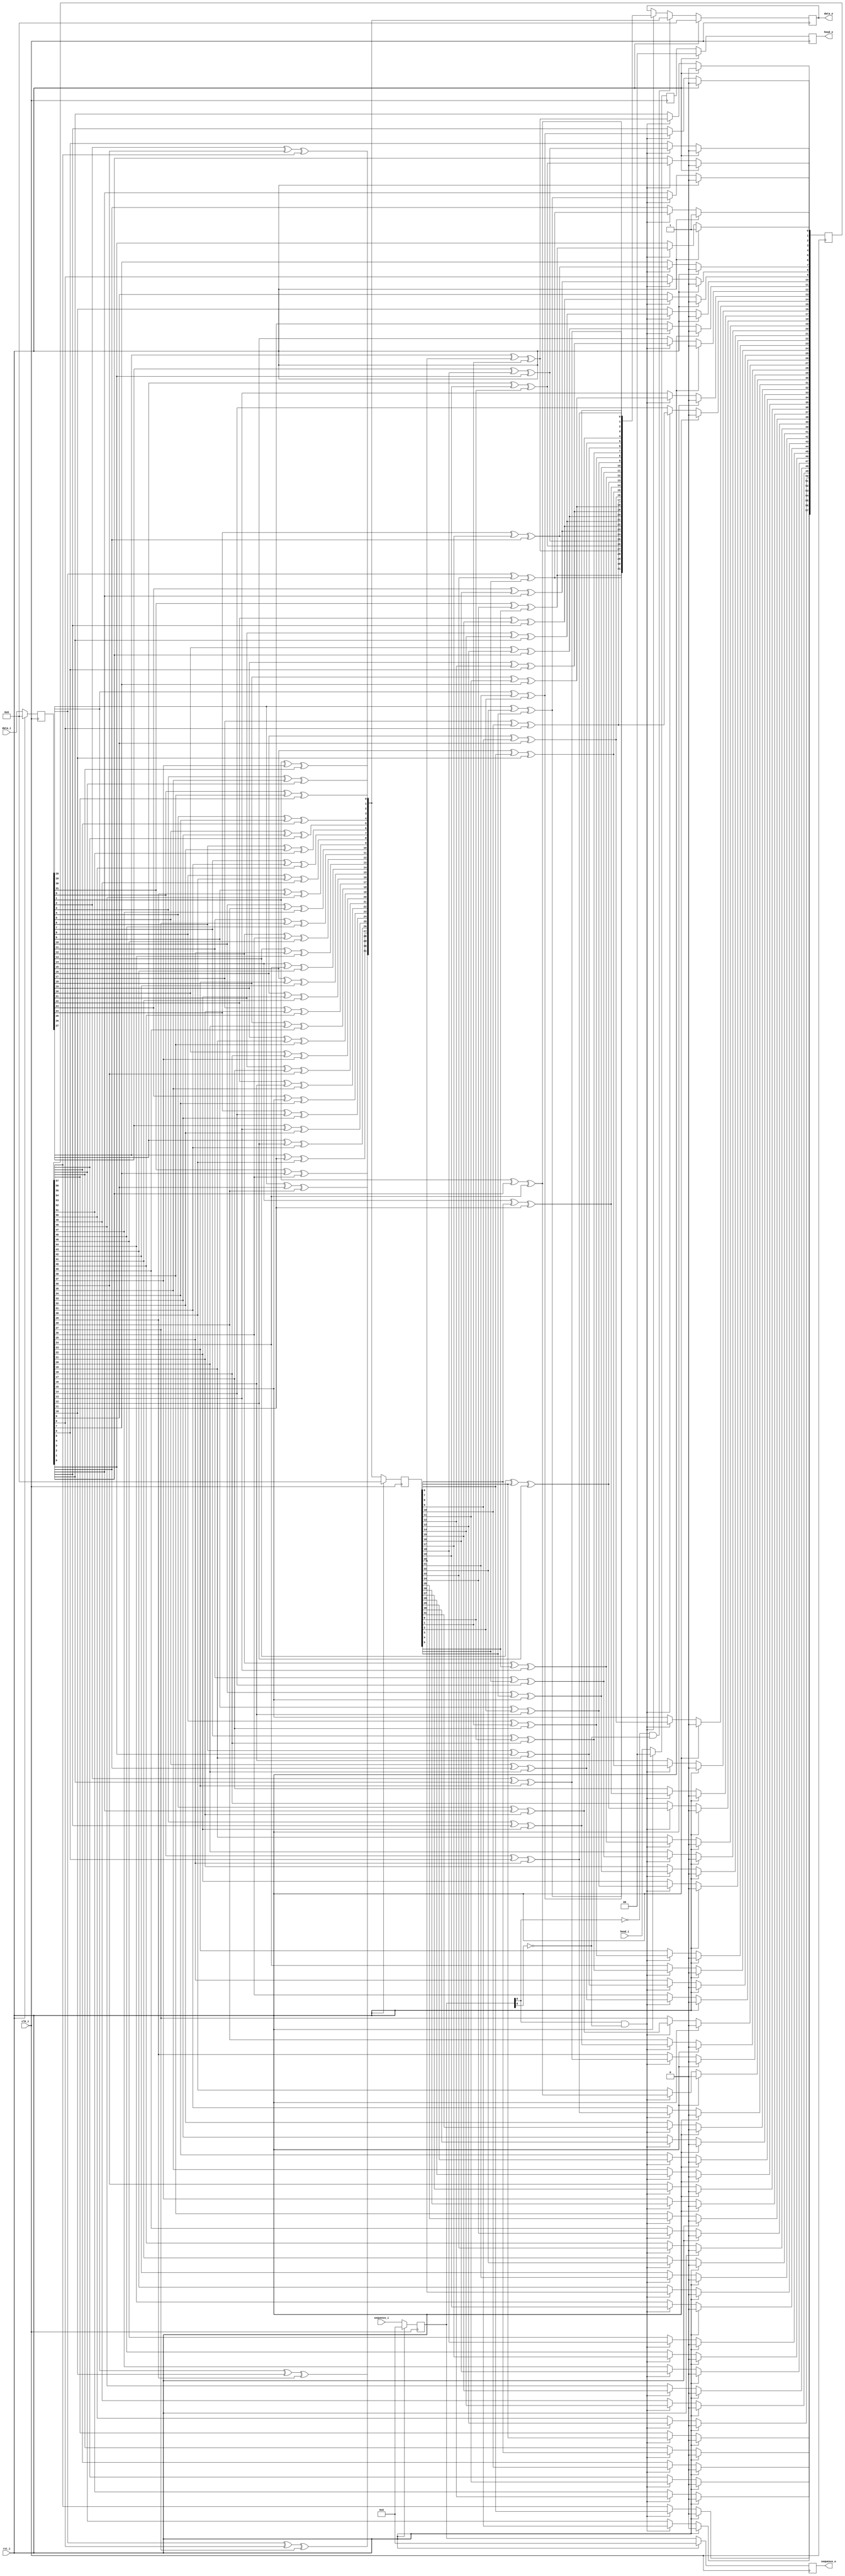
///////////////////////////////////////////////////////////////////////////////
//
///////////////////////////////////////////////////////////////////////////////

`timescale 1ns/100ps

module scramble_32(
  input           clk_i,          // Freq = 156.25*2
  input           rst_i,

  input   [31:0]  data_i,         // [65:2] data, [1:0] head
  input   [ 1:0]  head_i,         // [65:2] data, [1:0] head
  input   [ 6:0]  sequence_i,     // only valid data needs scramble
  output  [31:0]  data_o,
  output  [ 1:0]  head_o,
  output  [ 6:0]  sequence_o      //

);

///////////////////////////////////////////////////////////////////////////////
//                       register
///////////////////////////////////////////////////////////////////////////////

  reg     [31:0]      r_data_in;         // [65:2] data, [1:0] head
  reg     [ 1:0]      r_head_in;         // [65:2] data, [1:0] head
  reg     [ 6:0]      r_sequence_in;     // only valid data needs scramble
  reg     [ 6:0]      r_sequence_in_d1;     // only valid data needs scramble
  reg     [ 6:0]      r_sequence_in_d2;     // only valid data needs scramble
  reg     [31:0]      r_scramble_part;
  reg     [57:0]      r_scramble_register;
  wire    [63:0]      s_data_in;
  wire    [ 1:0]      s_head_in;
  wire    [63:0]      s_scrambled_data;
  reg     [65:0]      r_data_in_buf;
  reg     [31:0]      r_scrambled_data_d2;
  reg     [ 1:0]      r_scrambled_head_d2;
  reg                 r_scrambled_data_vld_d1;
  reg                 r_scrambled_data_vld_d2;
///////////////////////////////////////////////////////////////////////////////
//                         body
///////////////////////////////////////////////////////////////////////////////
  always @(posedge clk_i) begin
    if(rst_i) begin
      r_data_in   <= 'd0;
      r_head_in   <= 'd0;
      r_sequence_in  <= 'd0;
      r_sequence_in_d1  <= 'd0;
      r_sequence_in_d2  <= 'd0;
    end else begin
      r_data_in   <= data_i;
      r_head_in   <= head_i;
      r_sequence_in  <= sequence_i;
      r_sequence_in_d1  <= r_sequence_in;
      r_sequence_in_d2  <= r_sequence_in_d1;
    end
  end
  always @(posedge clk_i) begin
    if(rst_i) begin
      r_scramble_part   <= 'd0;
    end else begin
      r_scramble_part   <= s_scrambled_data[31:0];
    end
  end

  assign  s_data_in = r_data_in;
  assign  s_head_in = r_head_in;
// Scramble the TxEnc_Data before applying to rxn/p
  assign s_scrambled_data[ 0] = s_data_in[ 0]^r_scramble_register[38]^r_scramble_register[57];
  assign s_scrambled_data[ 1] = s_data_in[ 1]^r_scramble_register[37]^r_scramble_register[56];
  assign s_scrambled_data[ 2] = s_data_in[ 2]^r_scramble_register[36]^r_scramble_register[55];
  assign s_scrambled_data[ 3] = s_data_in[ 3]^r_scramble_register[35]^r_scramble_register[54];
  assign s_scrambled_data[ 4] = s_data_in[ 4]^r_scramble_register[34]^r_scramble_register[53];
  assign s_scrambled_data[ 5] = s_data_in[ 5]^r_scramble_register[33]^r_scramble_register[52];
  assign s_scrambled_data[ 6] = s_data_in[ 6]^r_scramble_register[32]^r_scramble_register[51];
  assign s_scrambled_data[ 7] = s_data_in[ 7]^r_scramble_register[31]^r_scramble_register[50];

  assign s_scrambled_data[ 8] = s_data_in[ 8]^r_scramble_register[30]^r_scramble_register[49];
  assign s_scrambled_data[ 9] = s_data_in[ 9]^r_scramble_register[29]^r_scramble_register[48];
  assign s_scrambled_data[10] = s_data_in[10]^r_scramble_register[28]^r_scramble_register[47];
  assign s_scrambled_data[11] = s_data_in[11]^r_scramble_register[27]^r_scramble_register[46];
  assign s_scrambled_data[12] = s_data_in[12]^r_scramble_register[26]^r_scramble_register[45];
  assign s_scrambled_data[13] = s_data_in[13]^r_scramble_register[25]^r_scramble_register[44];
  assign s_scrambled_data[14] = s_data_in[14]^r_scramble_register[24]^r_scramble_register[43];
  assign s_scrambled_data[15] = s_data_in[15]^r_scramble_register[23]^r_scramble_register[42];

  assign s_scrambled_data[16] = s_data_in[16]^r_scramble_register[22]^r_scramble_register[41];
  assign s_scrambled_data[17] = s_data_in[17]^r_scramble_register[21]^r_scramble_register[40];
  assign s_scrambled_data[18] = s_data_in[18]^r_scramble_register[20]^r_scramble_register[39];
  assign s_scrambled_data[19] = s_data_in[19]^r_scramble_register[19]^r_scramble_register[38];
  assign s_scrambled_data[20] = s_data_in[20]^r_scramble_register[18]^r_scramble_register[37];
  assign s_scrambled_data[21] = s_data_in[21]^r_scramble_register[17]^r_scramble_register[36];
  assign s_scrambled_data[22] = s_data_in[22]^r_scramble_register[16]^r_scramble_register[35];
  assign s_scrambled_data[23] = s_data_in[23]^r_scramble_register[15]^r_scramble_register[34];

  assign s_scrambled_data[24] = s_data_in[24]^r_scramble_register[14]^r_scramble_register[33];
  assign s_scrambled_data[25] = s_data_in[25]^r_scramble_register[13]^r_scramble_register[32];
  assign s_scrambled_data[26] = s_data_in[26]^r_scramble_register[12]^r_scramble_register[31];
  assign s_scrambled_data[27] = s_data_in[27]^r_scramble_register[11]^r_scramble_register[30];
  assign s_scrambled_data[28] = s_data_in[28]^r_scramble_register[10]^r_scramble_register[29];
  assign s_scrambled_data[29] = s_data_in[29]^r_scramble_register[9]^r_scramble_register[28];
  assign s_scrambled_data[30] = s_data_in[30]^r_scramble_register[8]^r_scramble_register[27];
  assign s_scrambled_data[31] = s_data_in[31]^r_scramble_register[7]^r_scramble_register[26];

  assign s_scrambled_data[32] = s_data_in[ 0]^r_scramble_register[6]^r_scramble_register[25];
  assign s_scrambled_data[33] = s_data_in[ 1]^r_scramble_register[5]^r_scramble_register[24];
  assign s_scrambled_data[34] = s_data_in[ 2]^r_scramble_register[4]^r_scramble_register[23];
  assign s_scrambled_data[35] = s_data_in[ 3]^r_scramble_register[3]^r_scramble_register[22];
  assign s_scrambled_data[36] = s_data_in[ 4]^r_scramble_register[2]^r_scramble_register[21];
  assign s_scrambled_data[37] = s_data_in[ 5]^r_scramble_register[1]^r_scramble_register[20];
  assign s_scrambled_data[38] = s_data_in[ 6]^r_scramble_register[0]^r_scramble_register[19];
  assign s_scrambled_data[39] = s_data_in[ 7]^r_scramble_part[ 0]^r_scramble_register[18];

  assign s_scrambled_data[40] = s_data_in[ 8]^r_scramble_part[ 1]^r_scramble_register[17];
  assign s_scrambled_data[41] = s_data_in[ 9]^r_scramble_part[ 2]^r_scramble_register[16];
  assign s_scrambled_data[42] = s_data_in[10]^r_scramble_part[ 3]^r_scramble_register[15];
  assign s_scrambled_data[43] = s_data_in[11]^r_scramble_part[ 4]^r_scramble_register[14];
  assign s_scrambled_data[44] = s_data_in[12]^r_scramble_part[ 5]^r_scramble_register[13];
  assign s_scrambled_data[45] = s_data_in[13]^r_scramble_part[ 6]^r_scramble_register[12];
  assign s_scrambled_data[46] = s_data_in[14]^r_scramble_part[ 7]^r_scramble_register[11];
  assign s_scrambled_data[47] = s_data_in[15]^r_scramble_part[ 8]^r_scramble_register[10];

  assign s_scrambled_data[48] = s_data_in[16]^r_scramble_part[ 9]^r_scramble_register[9];
  assign s_scrambled_data[49] = s_data_in[17]^r_scramble_part[10]^r_scramble_register[8];
  assign s_scrambled_data[50] = s_data_in[18]^r_scramble_part[11]^r_scramble_register[7];
  assign s_scrambled_data[51] = s_data_in[19]^r_scramble_part[12]^r_scramble_register[6];
  assign s_scrambled_data[52] = s_data_in[20]^r_scramble_part[13]^r_scramble_register[5];
  assign s_scrambled_data[53] = s_data_in[21]^r_scramble_part[14]^r_scramble_register[4];
  assign s_scrambled_data[54] = s_data_in[22]^r_scramble_part[15]^r_scramble_register[3];
  assign s_scrambled_data[55] = s_data_in[23]^r_scramble_part[16]^r_scramble_register[2];

  assign s_scrambled_data[56] = s_data_in[24]^r_scramble_part[17]^r_scramble_register[1];
  assign s_scrambled_data[57] = s_data_in[25]^r_scramble_part[18]^r_scramble_register[0];
  assign s_scrambled_data[58] = s_data_in[26]^r_scramble_part[19]^r_scramble_part[ 0];
  assign s_scrambled_data[59] = s_data_in[27]^r_scramble_part[20]^r_scramble_part[ 1];
  assign s_scrambled_data[60] = s_data_in[28]^r_scramble_part[21]^r_scramble_part[ 2];
  assign s_scrambled_data[61] = s_data_in[29]^r_scramble_part[22]^r_scramble_part[ 3];
  assign s_scrambled_data[62] = s_data_in[30]^r_scramble_part[23]^r_scramble_part[ 4];
  assign s_scrambled_data[63] = s_data_in[31]^r_scramble_part[24]^r_scramble_part[ 5];

  integer i;
  always @(posedge clk_i) begin
    if (rst_i == 1'b1) begin
      r_scramble_register     <= 58'h3;
      // r_scramble_register     <= 58'h60000c0;
      // r_data_in_buf           <= 66'h2;
      r_scrambled_data_d2     <= 64'h0;
      r_scrambled_head_d2     <=  2'h0;
      // r_scrambled_data_vld_d1 <= 1'b0;
      // r_scrambled_data_vld_d2 <= 1'b0;
    end else begin
      // r_scrambled_data_vld_d1 <= data_vld_i;
      // r_data_in_buf           <= {data_i, head_i};
      // r_scrambled_data_vld_d2 <= r_scrambled_data_vld_d1;
      if(~r_sequence_in[0] & ~r_sequence_in[6]) begin
        r_scrambled_data_d2     <= s_scrambled_data[31:0];
      end else if(r_sequence_in[0] & ~r_sequence_in[6]) begin
        r_scrambled_data_d2     <= s_scrambled_data[63:32];
      end
      r_scrambled_head_d2     <= s_head_in;
      if(r_sequence_in[0] & ~r_sequence_in[6]) begin
        for (i=0; i<32; i=i+1) begin
          r_scramble_register[i] <= s_scrambled_data[63-i];
        end
        for (i=32; i<58; i=i+1) begin
          r_scramble_register[i] <= r_scramble_part[63-i];
        end
      end
    end
  end

///////////////////////////////////////////////////////////////////////////////
//                         output
///////////////////////////////////////////////////////////////////////////////
    assign  data_o  = r_scrambled_data_d2;
    assign  head_o  = r_scrambled_head_d2;
    assign  sequence_o = r_sequence_in_d1;
    // assign  data_vld_o = r_scrambled_data_vld_d2;
    // assign  data_o  = data_i;
    // assign  head_o  = head_i;
    // assign  data_vld_o = data_vld_i;

endmodule